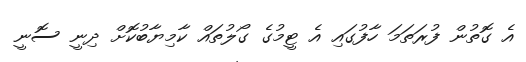
އެ ގޮތުން ފުރަތަމަ ހާފުގައި އެ ޓީމުގެ ގޯލުތައް ކާމިޔާބުކޮށް ދިނީ ސޮނީ